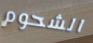
الشحوم